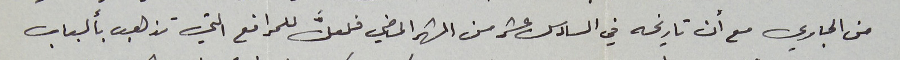
من الجاري مع أن تاريخه في السادس عشر من الشهر الماضي فلعلَّ للمرافع التي تذهب بألباب